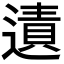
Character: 𨖊